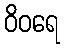
ဝိဝရေ